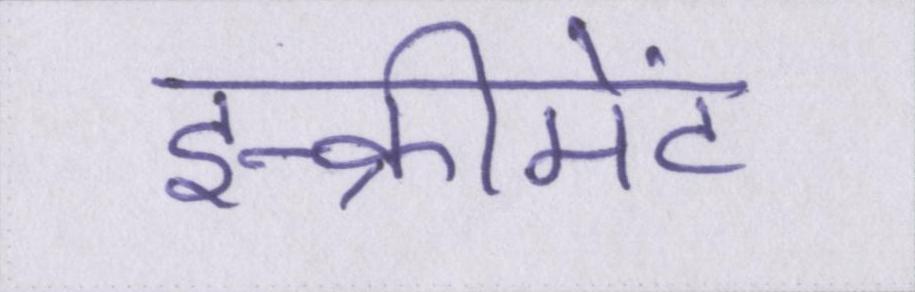
इन्क्रीमेंट